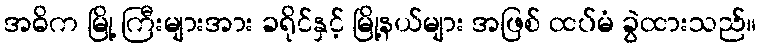
အဓိက မြို့ ကြီးများအား ခရိုင်နှင့် မြို့နယ်များ အဖြစ် ထပ်မံ ခွဲထားသည်။